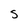
Character: S